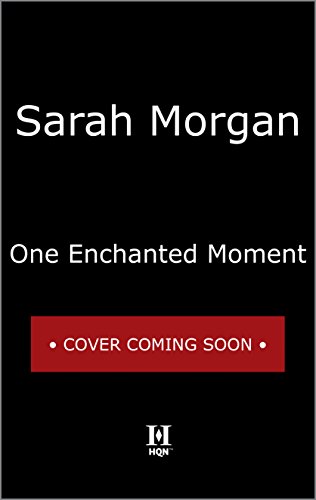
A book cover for One Enchanted Moment (Puffin Island); Sarah Morgan; Romance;